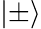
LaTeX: \left|\pm\right\rangle